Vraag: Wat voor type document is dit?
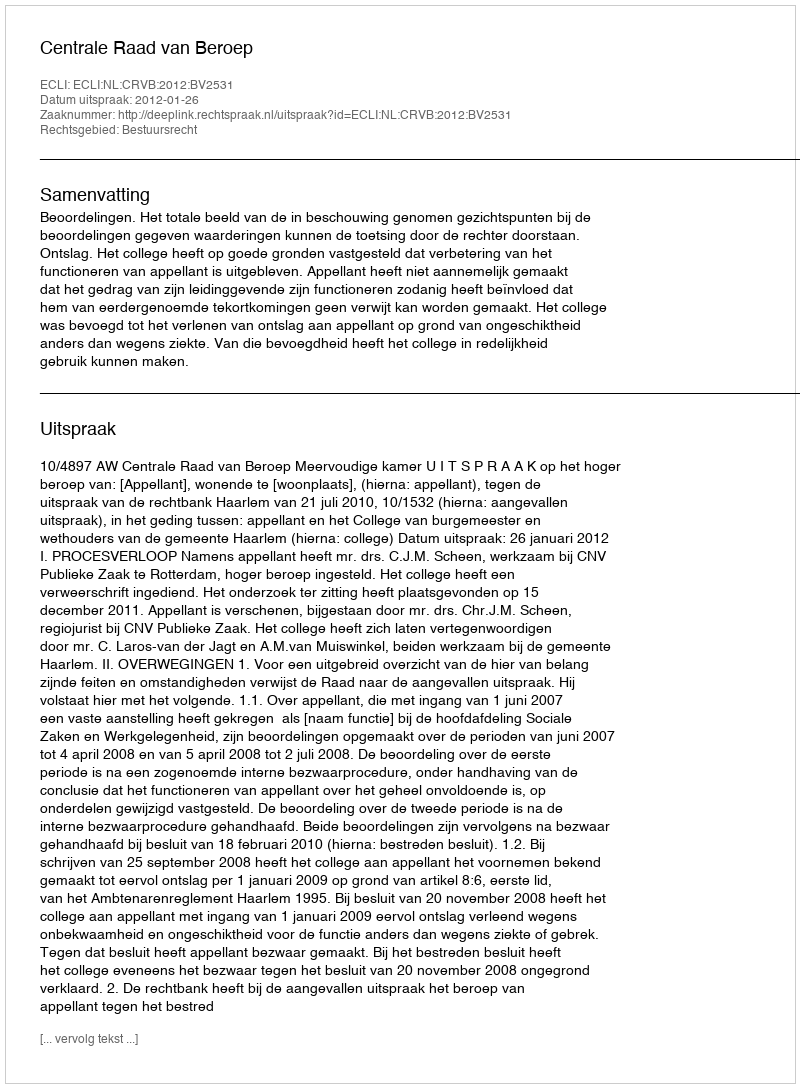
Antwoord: Uitspraak